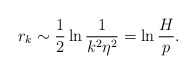
\begin{align*}r_{k}\sim \frac{1}{2}\ln \frac{1}{k^{2}\eta ^{2}}=\ln \frac{H}{p}.\end{align*}